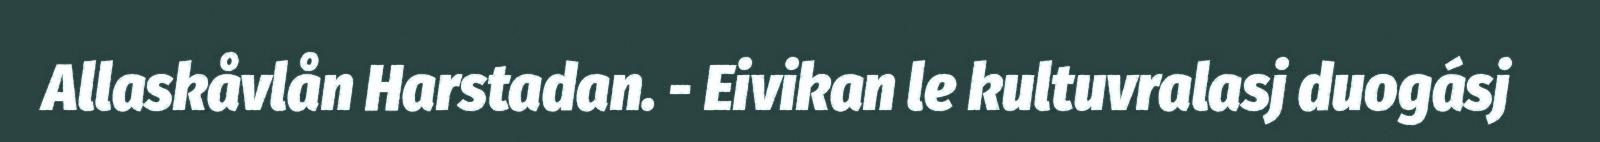
Allaskåvlån Harstadan. - Eivikan le kultuvralasj duogásj